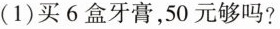
(1)买6盒牙膏，50元够吗?